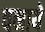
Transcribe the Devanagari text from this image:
वनाये